Source: Handwritten
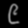
Digit: ၉ (9)